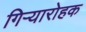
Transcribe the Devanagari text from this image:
गिऱ्यारोहक